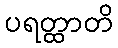
ပရတ္ထာတိ